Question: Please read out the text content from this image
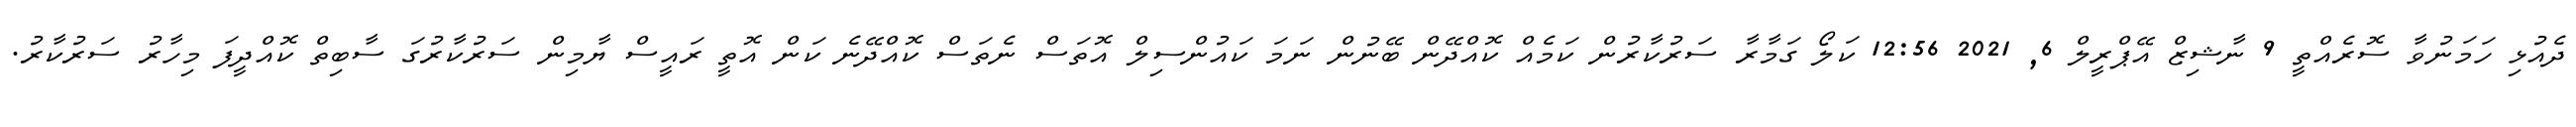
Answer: ދެއުޅި ހަމަނުވާ ސޮރެއްތީ 9 ނާޝިޒް އޭޕްރީލް 6, 2021 12:56 ކަލޯ ގަމާރާ ސަރުކާރުން ކަމެއް ކޮއްދޭން ބޭނުން ނަމަ ކައުންސިލް އޮތަސް ނެތަސް ކޮއްދޭނެ ކަން އޮތީ ރައީސް ޔާމިން ސަރުކާރުގަ ސާބިތް ކޮއްދީފަ މިހާރު ސަރުކާރު.